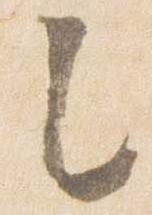
之